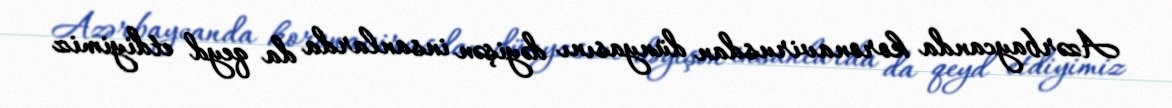
Azərbaycanda koronavirusdan dünyasını dəyişən insanlarda da qeyd etdiyimiz